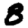
Digit: 8